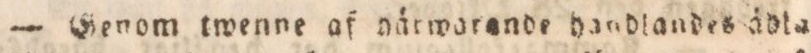
— Genom twenne af härwarande handlandes ådla